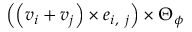
\left( \left( \boldsymbol { v } _ { i } + \boldsymbol { v } _ { j } \right) \times \boldsymbol { e } _ { i , \ j } \right) \times \boldsymbol { \Theta } _ { \phi }